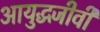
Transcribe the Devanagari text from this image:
आयुद्धजीवी